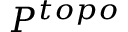
P ^ { t o p o }